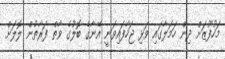
މަހުފޫޒަށް ދިން ހަމަލާގައި ވަޅި ޖަހާފައިވަނީ އޭނާގެ ބޮލުގެ ވާތް ފަރާތުން ލޮލަށް